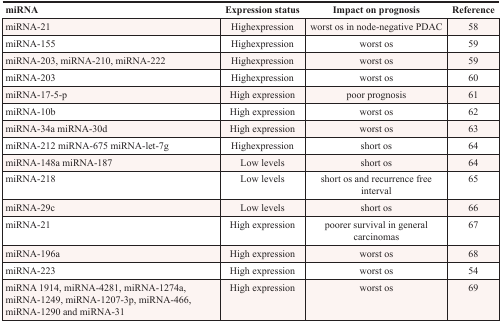
| miRNA | Expression status | Impact on prognosis | Reference |
 | --- | --- | --- | --- |
 | miRNA-21 | Highexpression | worst os in node-negative PDAC | 58 |
 | miRNA-155 | Highexpression | worst os | 59 |
 | miRNA-203, miRNA-210, miRNA-222 | Highexpression | worst os | 59 |
 | miRNA-203 | Highexpression | worst os | 60 |
 | miRNA-17-5-p | High expression | poor prognosis | 61 |
 | miRNA-10b | High expression | worst os | 62 |
 | miRNA-34a miRNA-30d | High expression | worst os | 63 |
 | miRNA-212 miRNA-675 miRNA-let-7g | Highexpression | short os | 64 |
 | miRNA-148a miRNA-187 | Low levels | short os | 64 |
 | miRNA-218 | Low levels | short os and recurrence free interval | 65 |
 | miRNA-29c | Low levels | short os | 66 |
 | miRNA-21 | High expression | poorer survival in general carcinomas | 67 |
 | miRNA-196a | High expression | worst os | 68 |
 | miRNA-223 | High expression | worst os | 54 |
 | miRNA 1914, miRNA-4281, miRNA-1274a, miRNA-1249, miRNA-1207-3p, miRNA-466, miRNA-1290 and miRNA-31 | High expression | worst os | 69 |